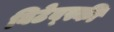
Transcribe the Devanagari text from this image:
विटेब्स्की